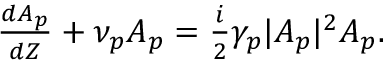
\begin{array} { r } { \frac { d A _ { p } } { d Z } + \nu _ { p } A _ { p } = \frac { i } { 2 } \gamma _ { p } | A _ { p } | ^ { 2 } A _ { p } . } \end{array}